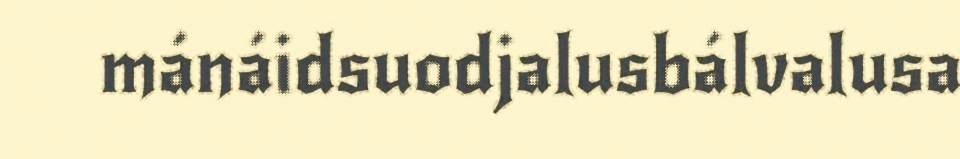
mánáidsuodjalusbálvalusa